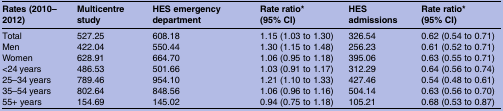
| Rates (2010–2012) | Multicentre study | HES emergency department | Rate ratio* (95% CI) | HES admissions | Rate ratio* (95% CI) |
 | --- | --- | --- | --- | --- | --- |
 | Total | 527.25 | 608.18 | 1.15 (1.03 to 1.30) | 326.54 | 0.62 (0.54 to 0.71) |
 | Men | 422.04 | 550.44 | 1.30 (1.15 to 1.48) | 256.23 | 0.61 (0.52 to 0.71) |
 | Women | 628.91 | 664.70 | 1.06 (0.95 to 1.18) | 395.06 | 0.63 (0.55 to 0.71) |
 | <24 years | 486.53 | 501.66 | 1.03 (0.91 to 1.17) | 312.29 | 0.64 (0.56 to 0.74) |
 | 25–34 years | 789.46 | 954.10 | 1.21 (1.10 to 1.33) | 427.46 | 0.54 (0.48 to 0.61) |
 | 35–54 years | 802.64 | 848.56 | 1.06 (0.96 to 1.16) | 504.14 | 0.63 (0.56 to 0.70) |
 | 55+ years | 154.69 | 145.02 | 0.94 (0.75 to 1.18) | 105.21 | 0.68 (0.53 to 0.87) |